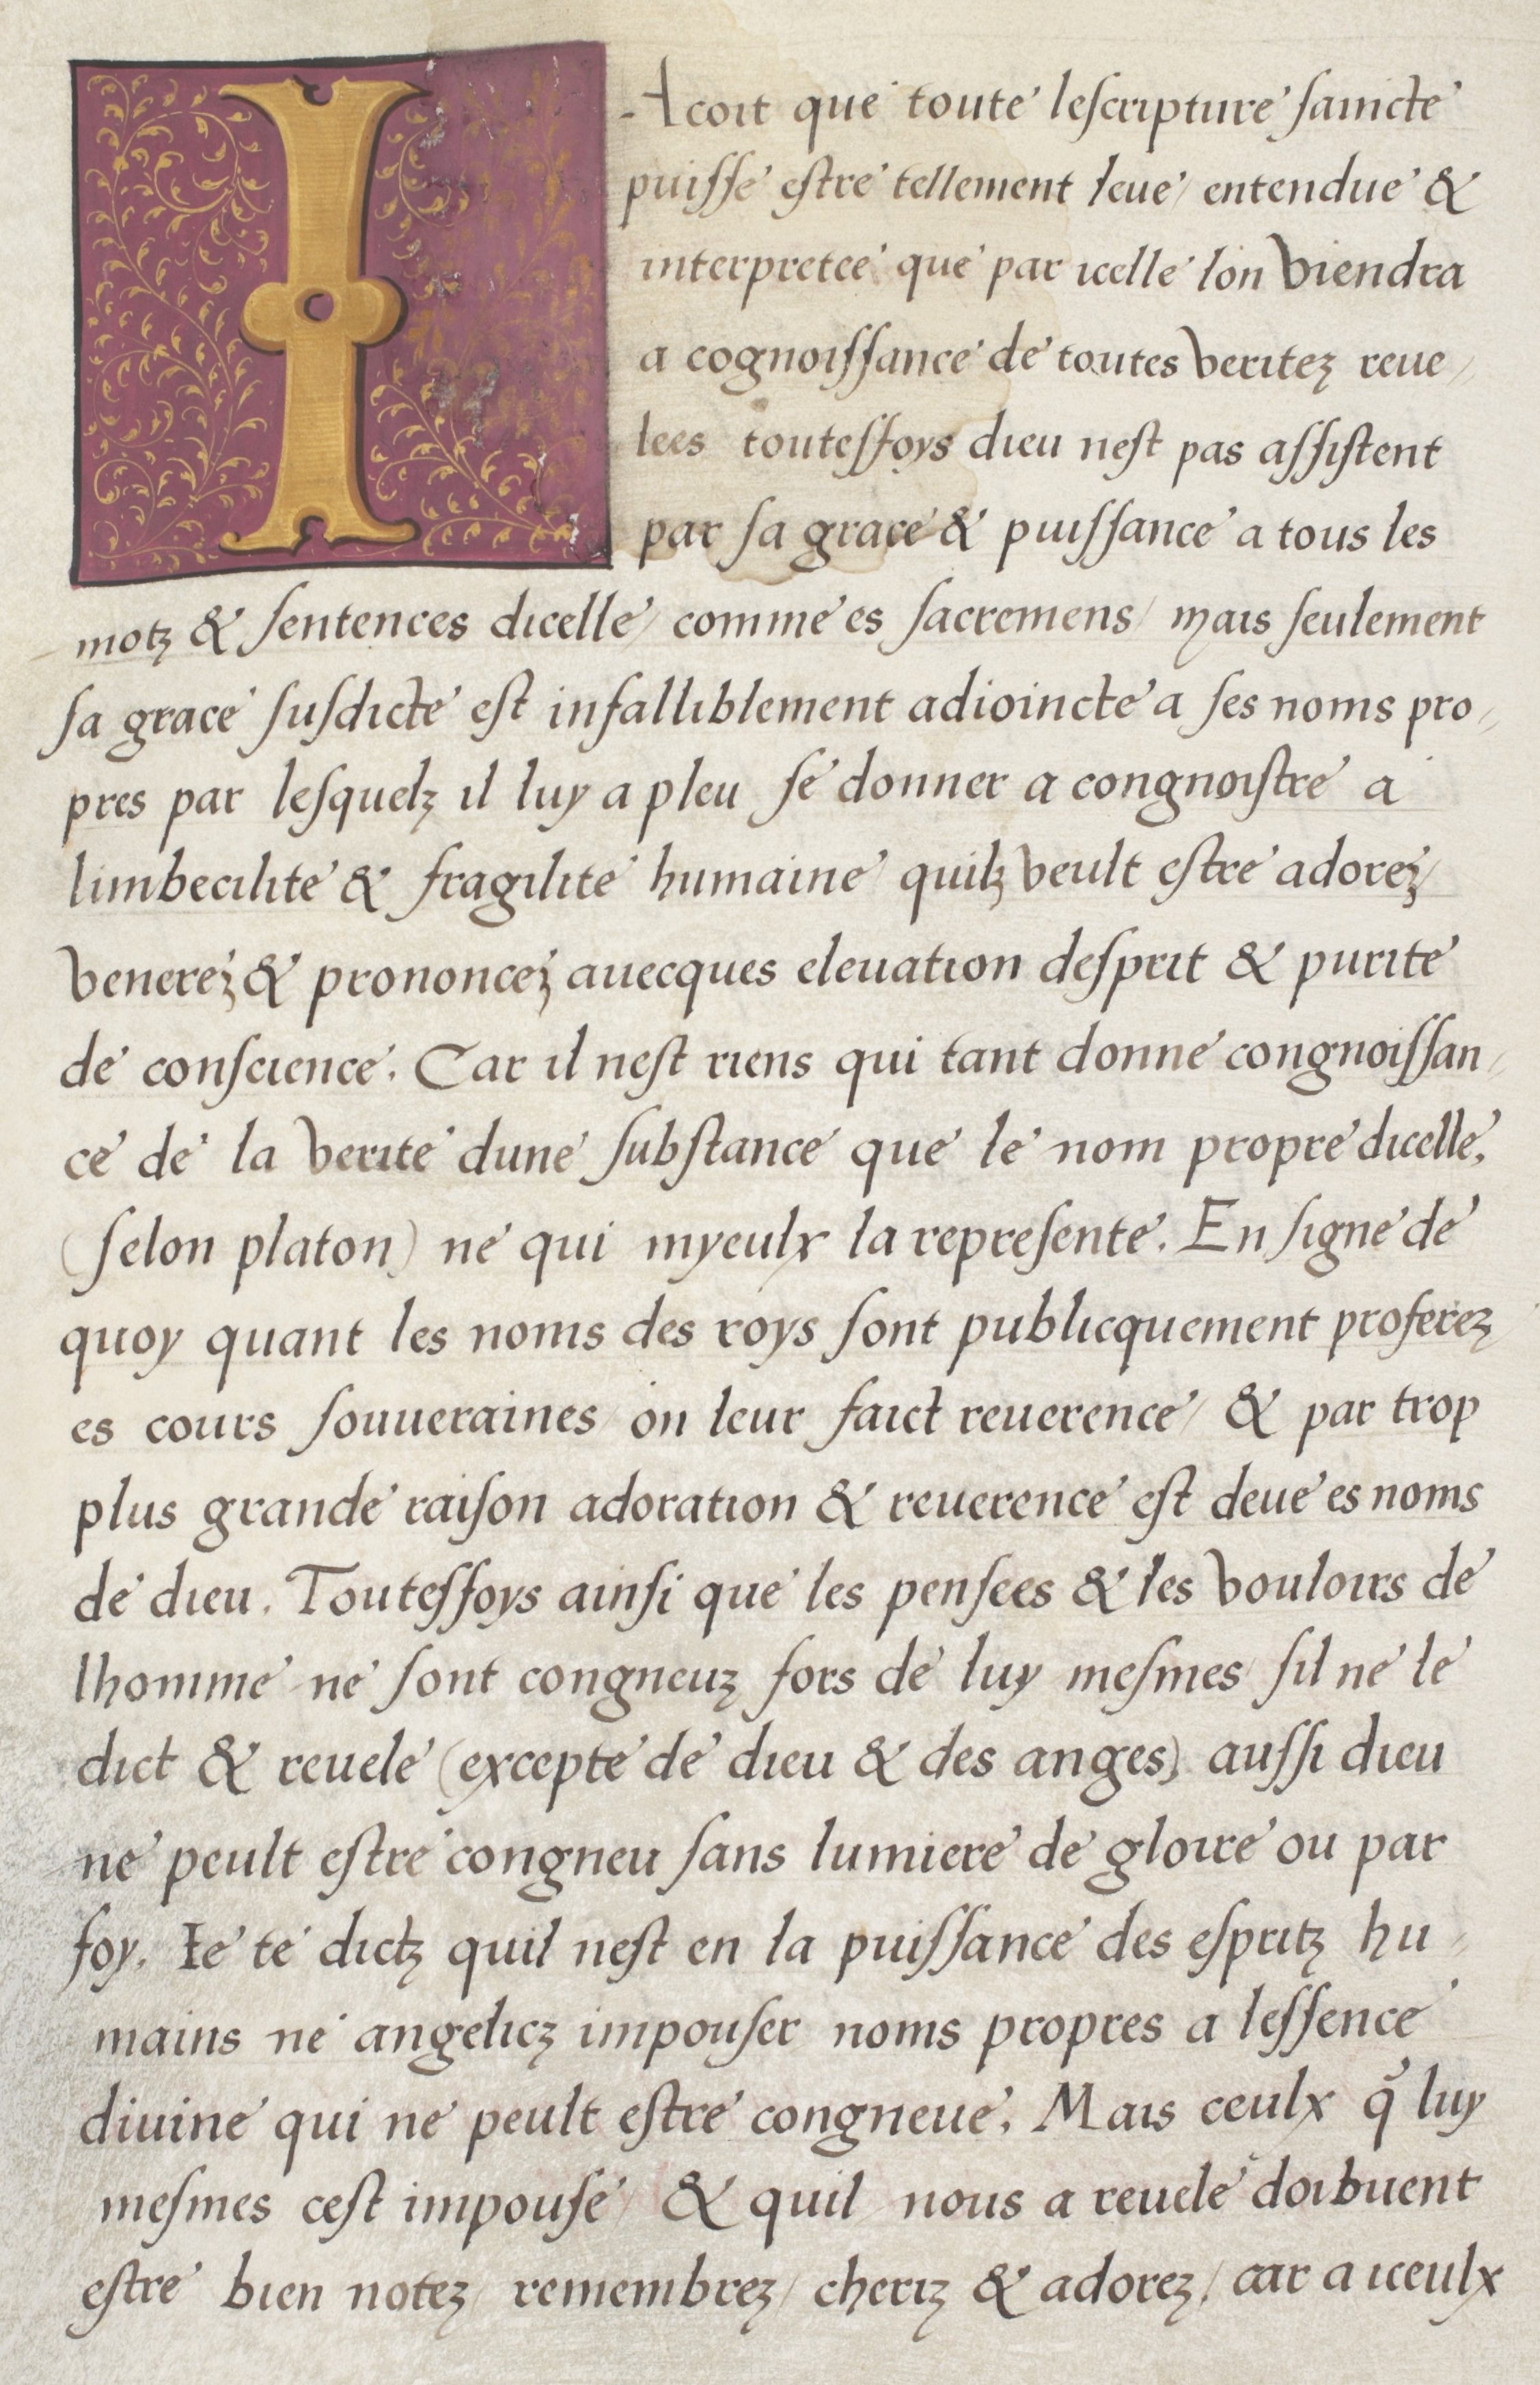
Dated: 1536–1536